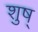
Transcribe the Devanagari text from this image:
शुष्